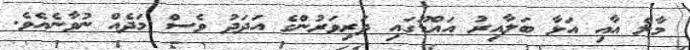
މާލެ އާއި އަޅާ ބަލާއިރު އައްޑޫގައި ދަރިވަރުންގެ އަދަދު ވެސް މަދެއް ނުވާނެއެވެ.